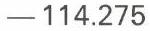
-114.275